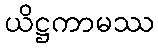
ယိဋ္ဌကာမဿ